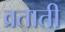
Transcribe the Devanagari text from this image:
व्रताती